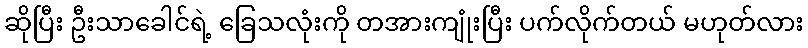
ဆိုပြီး ဦးသာခေါင်ရဲ့ ခြေသလုံးကို တအားကျုံးပြီး ပက်လိုက်တယ် မဟုတ်လား